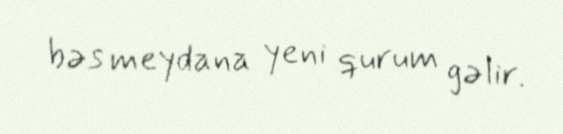
bəs meydana yeni qurum gəlir.